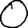
Digit: 0